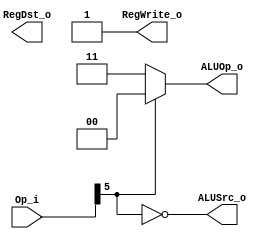
module Control
(
    	Op_i,
    	RegDst_o,
    	ALUOp_o,
    	ALUSrc_o,
    	RegWrite_o
);

input [6:0] Op_i ;
output RegDst_o;
output [1:0] ALUOp_o;
output ALUSrc_o;
output RegWrite_o ;


assign  ALUOp_o = ~Op_i[5] ? 2'b11 : 2'b00 ;
assign ALUSrc_o = ~Op_i[5] ;
assign RegWrite_o = 1 ;

endmodule